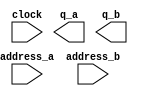
// megafunction wizard: %ROM: 2-PORT%VBB%
// GENERATION: STANDARD
// VERSION: WM1.0
// MODULE: altsyncram 

// ============================================================
// Megafunction Name(s):
// 			altsyncram
//
// Simulation Library Files(s):
// 			altera_mf
// ============================================================
// ************************************************************
// THIS IS A WIZARD-GENERATED FILE. DO NOT EDIT THIS FILE!
//
// 15.0.0 Build 145 04/22/2015 SJ Full Version
// ************************************************************

//Copyright (C) 1991-2015 Altera Corporation. All rights reserved.
//Your use of Altera Corporation's design tools, logic functions 
//and other software and tools, and its AMPP partner logic 
//functions, and any output files from any of the foregoing 
//(including device programming or simulation files), and any 
//associated documentation or information are expressly subject 
//to the terms and conditions of the Altera Program License 
//Subscription Agreement, the Altera Quartus II License Agreement,
//the Altera MegaCore Function License Agreement, or other 
//applicable license agreement, including, without limitation, 
//that your use is for the sole purpose of programming logic 
//devices manufactured by Altera and sold by Altera or its 
//authorized distributors.  Please refer to the applicable 
//agreement for further details.

module sunglasses (
	address_a,
	address_b,
	clock,
	q_a,
	q_b);

	input	[13:0]  address_a;
	input	[13:0]  address_b;
	input	  clock;
	output	[11:0]  q_a;
	output	[11:0]  q_b;
`ifndef ALTERA_RESERVED_QIS
// synopsys translate_off
`endif
	tri1	  clock;
`ifndef ALTERA_RESERVED_QIS
// synopsys translate_on
`endif

endmodule

// ============================================================
// CNX file retrieval info
// ============================================================
// Retrieval info: PRIVATE: ADDRESSSTALL_A NUMERIC "0"
// Retrieval info: PRIVATE: ADDRESSSTALL_B NUMERIC "0"
// Retrieval info: PRIVATE: BYTEENA_ACLR_A NUMERIC "0"
// Retrieval info: PRIVATE: BYTEENA_ACLR_B NUMERIC "0"
// Retrieval info: PRIVATE: BYTE_ENABLE_A NUMERIC "0"
// Retrieval info: PRIVATE: BYTE_ENABLE_B NUMERIC "0"
// Retrieval info: PRIVATE: BYTE_SIZE NUMERIC "1"
// Retrieval info: PRIVATE: BlankMemory NUMERIC "0"
// Retrieval info: PRIVATE: CLOCK_ENABLE_INPUT_A NUMERIC "0"
// Retrieval info: PRIVATE: CLOCK_ENABLE_INPUT_B NUMERIC "0"
// Retrieval info: PRIVATE: CLOCK_ENABLE_OUTPUT_A NUMERIC "0"
// Retrieval info: PRIVATE: CLOCK_ENABLE_OUTPUT_B NUMERIC "0"
// Retrieval info: PRIVATE: CLRdata NUMERIC "0"
// Retrieval info: PRIVATE: CLRq NUMERIC "0"
// Retrieval info: PRIVATE: CLRrdaddress NUMERIC "0"
// Retrieval info: PRIVATE: CLRrren NUMERIC "0"
// Retrieval info: PRIVATE: CLRwraddress NUMERIC "0"
// Retrieval info: PRIVATE: CLRwren NUMERIC "0"
// Retrieval info: PRIVATE: Clock NUMERIC "0"
// Retrieval info: PRIVATE: Clock_A NUMERIC "0"
// Retrieval info: PRIVATE: Clock_B NUMERIC "0"
// Retrieval info: PRIVATE: IMPLEMENT_IN_LES NUMERIC "0"
// Retrieval info: PRIVATE: INDATA_ACLR_B NUMERIC "0"
// Retrieval info: PRIVATE: INDATA_REG_B NUMERIC "1"
// Retrieval info: PRIVATE: INIT_FILE_LAYOUT STRING "PORT_A"
// Retrieval info: PRIVATE: INIT_TO_SIM_X NUMERIC "0"
// Retrieval info: PRIVATE: INTENDED_DEVICE_FAMILY STRING "Cyclone IV E"
// Retrieval info: PRIVATE: JTAG_ENABLED NUMERIC "0"
// Retrieval info: PRIVATE: JTAG_ID STRING "NONE"
// Retrieval info: PRIVATE: MAXIMUM_DEPTH NUMERIC "0"
// Retrieval info: PRIVATE: MEMSIZE NUMERIC "172800"
// Retrieval info: PRIVATE: MEM_IN_BITS NUMERIC "0"
// Retrieval info: PRIVATE: MIFfilename STRING "./picture/sunglasses_180x80.mif"
// Retrieval info: PRIVATE: OPERATION_MODE NUMERIC "3"
// Retrieval info: PRIVATE: OUTDATA_ACLR_B NUMERIC "0"
// Retrieval info: PRIVATE: OUTDATA_REG_B NUMERIC "1"
// Retrieval info: PRIVATE: RAM_BLOCK_TYPE NUMERIC "2"
// Retrieval info: PRIVATE: READ_DURING_WRITE_MODE_MIXED_PORTS NUMERIC "2"
// Retrieval info: PRIVATE: REGdata NUMERIC "1"
// Retrieval info: PRIVATE: REGq NUMERIC "1"
// Retrieval info: PRIVATE: REGrdaddress NUMERIC "0"
// Retrieval info: PRIVATE: REGrren NUMERIC "0"
// Retrieval info: PRIVATE: REGwraddress NUMERIC "1"
// Retrieval info: PRIVATE: REGwren NUMERIC "1"
// Retrieval info: PRIVATE: SYNTH_WRAPPER_GEN_POSTFIX STRING "0"
// Retrieval info: PRIVATE: USE_DIFF_CLKEN NUMERIC "0"
// Retrieval info: PRIVATE: UseDPRAM NUMERIC "1"
// Retrieval info: PRIVATE: VarWidth NUMERIC "0"
// Retrieval info: PRIVATE: WIDTH_READ_A NUMERIC "12"
// Retrieval info: PRIVATE: WIDTH_READ_B NUMERIC "12"
// Retrieval info: PRIVATE: WIDTH_WRITE_A NUMERIC "12"
// Retrieval info: PRIVATE: WIDTH_WRITE_B NUMERIC "12"
// Retrieval info: PRIVATE: WRADDR_ACLR_B NUMERIC "0"
// Retrieval info: PRIVATE: WRADDR_REG_B NUMERIC "1"
// Retrieval info: PRIVATE: WRCTRL_ACLR_B NUMERIC "0"
// Retrieval info: PRIVATE: enable NUMERIC "0"
// Retrieval info: PRIVATE: rden NUMERIC "0"
// Retrieval info: LIBRARY: altera_mf altera_mf.altera_mf_components.all
// Retrieval info: CONSTANT: ADDRESS_REG_B STRING "CLOCK0"
// Retrieval info: CONSTANT: CLOCK_ENABLE_INPUT_A STRING "BYPASS"
// Retrieval info: CONSTANT: CLOCK_ENABLE_INPUT_B STRING "BYPASS"
// Retrieval info: CONSTANT: CLOCK_ENABLE_OUTPUT_A STRING "BYPASS"
// Retrieval info: CONSTANT: CLOCK_ENABLE_OUTPUT_B STRING "BYPASS"
// Retrieval info: CONSTANT: INDATA_REG_B STRING "CLOCK0"
// Retrieval info: CONSTANT: INIT_FILE STRING "./picture/sunglasses_180x80.mif"
// Retrieval info: CONSTANT: INTENDED_DEVICE_FAMILY STRING "Cyclone IV E"
// Retrieval info: CONSTANT: LPM_TYPE STRING "altsyncram"
// Retrieval info: CONSTANT: NUMWORDS_A NUMERIC "14400"
// Retrieval info: CONSTANT: NUMWORDS_B NUMERIC "14400"
// Retrieval info: CONSTANT: OPERATION_MODE STRING "BIDIR_DUAL_PORT"
// Retrieval info: CONSTANT: OUTDATA_ACLR_A STRING "NONE"
// Retrieval info: CONSTANT: OUTDATA_ACLR_B STRING "NONE"
// Retrieval info: CONSTANT: OUTDATA_REG_A STRING "CLOCK0"
// Retrieval info: CONSTANT: OUTDATA_REG_B STRING "CLOCK0"
// Retrieval info: CONSTANT: POWER_UP_UNINITIALIZED STRING "FALSE"
// Retrieval info: CONSTANT: RAM_BLOCK_TYPE STRING "M9K"
// Retrieval info: CONSTANT: WIDTHAD_A NUMERIC "14"
// Retrieval info: CONSTANT: WIDTHAD_B NUMERIC "14"
// Retrieval info: CONSTANT: WIDTH_A NUMERIC "12"
// Retrieval info: CONSTANT: WIDTH_B NUMERIC "12"
// Retrieval info: CONSTANT: WIDTH_BYTEENA_A NUMERIC "1"
// Retrieval info: CONSTANT: WIDTH_BYTEENA_B NUMERIC "1"
// Retrieval info: CONSTANT: WRCONTROL_WRADDRESS_REG_B STRING "CLOCK0"
// Retrieval info: USED_PORT: address_a 0 0 14 0 INPUT NODEFVAL "address_a[13..0]"
// Retrieval info: USED_PORT: address_b 0 0 14 0 INPUT NODEFVAL "address_b[13..0]"
// Retrieval info: USED_PORT: clock 0 0 0 0 INPUT VCC "clock"
// Retrieval info: USED_PORT: q_a 0 0 12 0 OUTPUT NODEFVAL "q_a[11..0]"
// Retrieval info: USED_PORT: q_b 0 0 12 0 OUTPUT NODEFVAL "q_b[11..0]"
// Retrieval info: CONNECT: @address_a 0 0 14 0 address_a 0 0 14 0
// Retrieval info: CONNECT: @address_b 0 0 14 0 address_b 0 0 14 0
// Retrieval info: CONNECT: @clock0 0 0 0 0 clock 0 0 0 0
// Retrieval info: CONNECT: @data_a 0 0 12 0 GND 0 0 12 0
// Retrieval info: CONNECT: @data_b 0 0 12 0 GND 0 0 12 0
// Retrieval info: CONNECT: @wren_a 0 0 0 0 GND 0 0 0 0
// Retrieval info: CONNECT: @wren_b 0 0 0 0 GND 0 0 0 0
// Retrieval info: CONNECT: q_a 0 0 12 0 @q_a 0 0 12 0
// Retrieval info: CONNECT: q_b 0 0 12 0 @q_b 0 0 12 0
// Retrieval info: GEN_FILE: TYPE_NORMAL sunglasses.v TRUE
// Retrieval info: GEN_FILE: TYPE_NORMAL sunglasses.inc FALSE
// Retrieval info: GEN_FILE: TYPE_NORMAL sunglasses.cmp FALSE
// Retrieval info: GEN_FILE: TYPE_NORMAL sunglasses.bsf FALSE
// Retrieval info: GEN_FILE: TYPE_NORMAL sunglasses_inst.v FALSE
// Retrieval info: GEN_FILE: TYPE_NORMAL sunglasses_bb.v TRUE
// Retrieval info: LIB_FILE: altera_mf